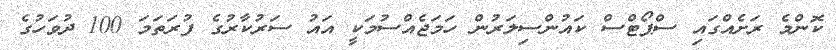
ކޮންމެ ރަށެއްގައި ސްޕޯޓްސް ކައުންސިލަރުން ހަމަޖެއްސުމަކީ އައު ސަރުކާރުގެ ފުރަތަމަ 100 ދުވަހުގެ